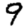
Digit: 9